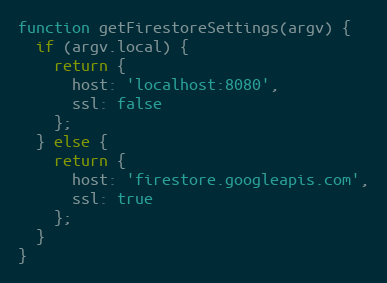
Language: JavaScript
function getFirestoreSettings(argv) {
  if (argv.local) {
    return {
      host: 'localhost:8080',
      ssl: false
    };
  } else {
    return {
      host: 'firestore.googleapis.com',
      ssl: true
    };
  }
}